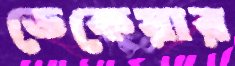
ডেকেয়ার